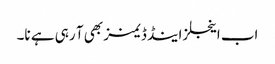
اب اینجلز اینڈ ڈیمنز بھی آ رہی ہے نا۔